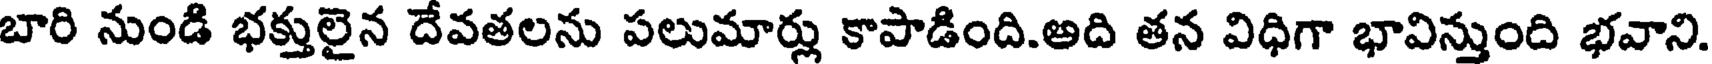
బారి నుండి భక్తులైన దేవతలను పలుమార్లు కాపాడింది.అది తన విధిగా భావిన్తుంది భవాని.